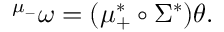
{ } ^ { \mu _ { - } } \omega = ( \mu _ { + } ^ { * } \circ \Sigma ^ { * } ) \theta .